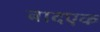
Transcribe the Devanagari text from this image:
बादएक